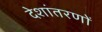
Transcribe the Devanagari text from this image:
देशांतरणों